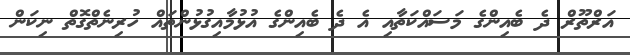
އަރްތޫރް ދެ ބެއިންގެ މަސައްކަތާއި އެ ދެ ބެއިންގެ އުޅުމާއިގުޅުންތައް ހުރިނެތްގޮތް ނިކަން